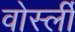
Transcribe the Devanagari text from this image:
वोर्स्ली